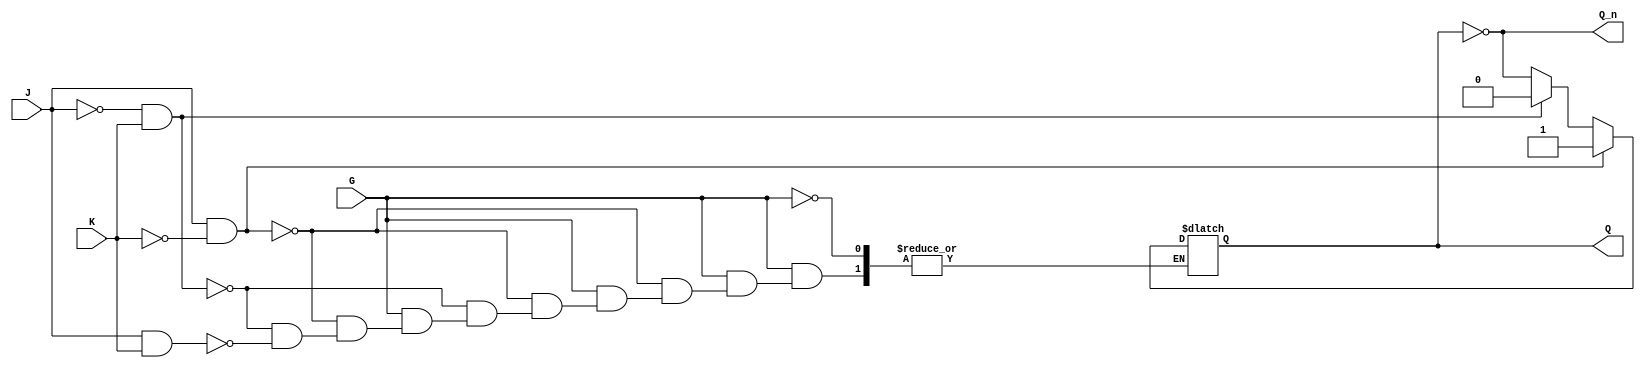
module gated_jk_latch (
    input wire J,       // Data input J
    input wire K,       // Data input K
    input wire G,       // Enable input
    output reg Q,       // Output Q
    output wire Q_n     // Complementary output Q'
);

    assign Q_n = ~Q; // Complement of Q

    always @(*) begin
        if (G) begin
            if (J && ~K) begin
                Q = 1;      // Set state
            end else if (~J && K) begin
                Q = 0;      // Reset state
            end else if (J && K) begin
                Q = ~Q;     // Toggle state
            end
            // If J = 0 and K = 0, Q remains unchanged
        end
        // If G is low, Q retains its previous state
    end

endmodule